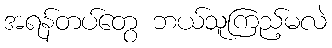
အရန်တပ်တွေ ဘယ်သူကြည့်မလဲ